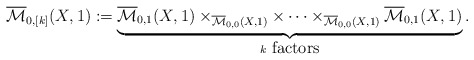
\begin{align*} \overline{\mathcal{M}}_{0,[k]}(X,1):= \underbrace{\overline{\mathcal{M}}_{0,1}(X,1)\times_{\overline{\mathcal{M}}_{0,0}(X,1)}\times\cdots\times_{\overline{\mathcal{M}}_{0,0}(X,1)} \overline{\mathcal{M}}_{0,1}(X,1)}_{k\ \mbox{factors}}.\end{align*}